Malaria in the Duars
Disease focus: Malaria
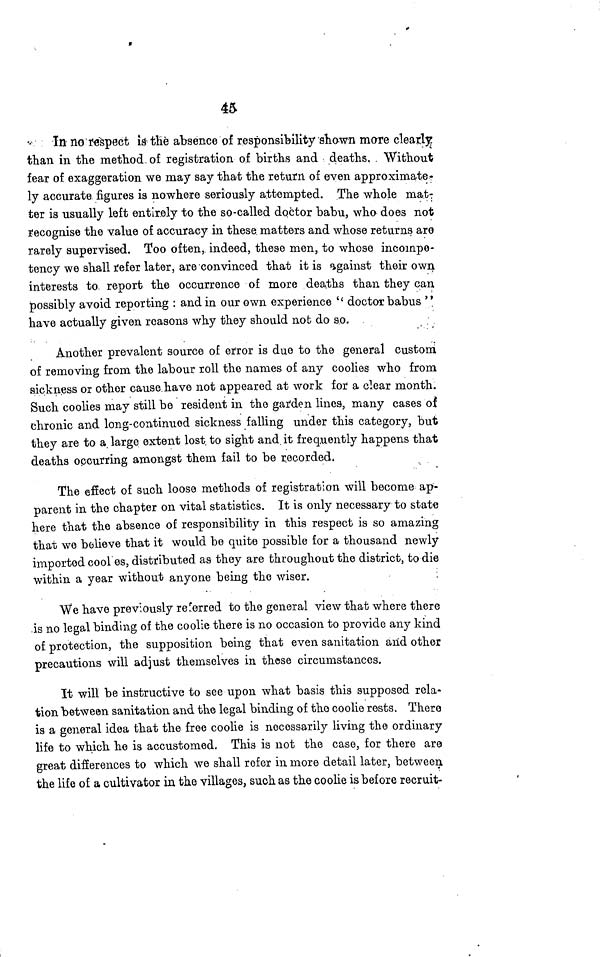
45
In no respect is the absence of responsibility shown more clearly
than in the method of registration of births and deaths. Without
fear of exaggeration we may say that the return of even approximate-
ly accurate figures is nowhere seriously attempted. The whole mat-
ter is usually left entirely to the so-called doctor babu, who does not
Recognise the value of accuracy in these matters and whose returns are
rarely supervised. Too often, indeed, these men, to whose incompe-
tency we shall refer later, are convinced that it is against their own
interests to report the occurrence of more deaths than they can
possibly avoid reporting : and in our own experience '' doctor babus "
have actually given reasons why they should nob do so.
Another prevalent source of error is due to the general custom
of removing from the labour roll the names of any coolies who from
sickness or other cause have not appeared at work for a clear month.
Such coolies may still be resident in the garden lines, many cases of
chronic and long-continued sickness falling under this category, but
they are to a, large extent lost to sight and it frequently happens that
deaths occurring amongst them fail to be recorded.
The effect of such loose methods of registration will become ap-
parent in the chapter on vital statistics. It is only necessary to state
here that the absence of responsibility in this respect is so amazing
that we believe that it would be quite possible for a thousand newly
imported cool es, distributed as they are throughout the district, to die
within a year without anyone being the wiser.
"We have previously referred to the general view that where there
is no legal binding of the coolie there is no occasion to provide any kind
of protection, the supposition being that even sanitation arid other
precautions will adjust themselves in these circumstances.
It will be instructive to see upon what basis this supposed rela-
tion between sanitation and the legal binding of the coolie rests. There
is a general idea that the free coolie is necessarily living the ordinary
life to which he is accustomed. This is not the case, for there are
great differences to which we shall refer in more detail later, between
the life of a cultivator in the villages, such as the coolie is before recruit-